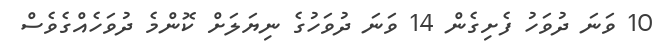
10 ވަނަ ދުވަހު ފެށިގެން 14 ވަނަ ދުވަހުގެ ނިޔަލަށް ކޮންމެ ދުވަހެއްގެވެސް